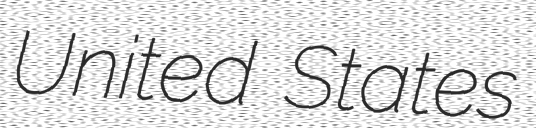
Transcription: United States